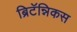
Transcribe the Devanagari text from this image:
ब्रिटॅन्निकस